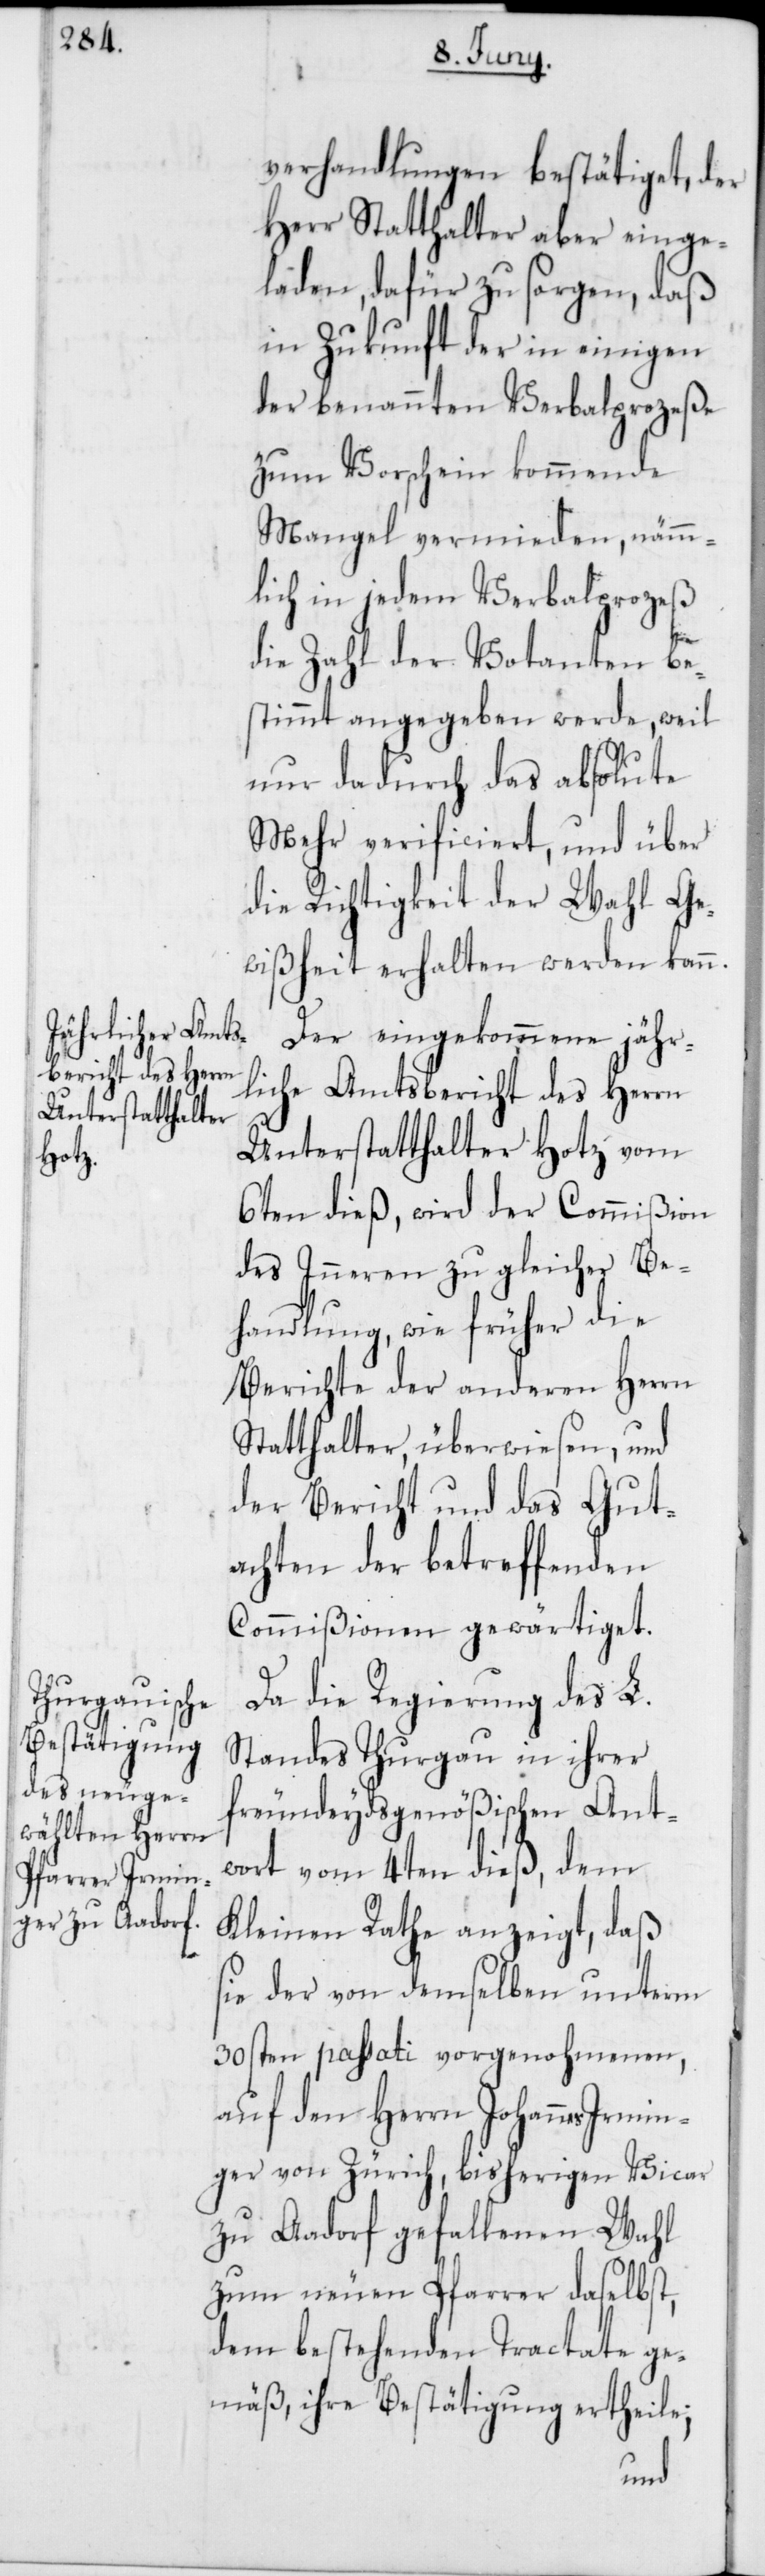
verhandlungen bestätiget, der
Herr Statthalter aber einge¬
laden, dafür zu sorgen, daß
in Zukunft der in einigen
der benannten Verbalprozeße
zum Vorschein kommende
Mangel vermieden, nämm¬
lich in jedem Verbalprozeß
die Zahl der Votanten be¬
stimmt angegeben werde, weil
nur dadurch das absolute
Mehr verificiert, und über
die Richtigkeit der Wahl Ge¬
wißheit erhalten werden kann.
Der eingekommene jähr¬
liche Amtsbericht des Herrn
Unterstatthalter Hotz vom
6ten dieß, wird der Commißion
des Inneren zu gleicher Be¬
handlung wie früher die
Berichte der anderen Herrn
Statthalter, überwiesen, und
der Bericht und das Gut¬
achten der betreffenden
Commißionen gewärtiget.
Da die Regierung des L.
Standes Thurgau in ihrer
freundeydsgenößischen Ant¬
wort vom 4ten dieß, dem
Kleinen Rathe anzeigt, daß
sie der von demselben unterm
30sten passati vorgenohmenen,
auf den Herrn Johannes Irmin¬
ger von Zürich, bisherigen Vicar
zu Aadorf gefallenen Wahl
zum neuen Pfarrer daselbst,
dem bestehenden Tractate ge¬
mäß, ihre Bestätigung ertheile;